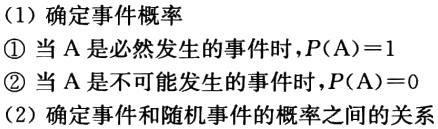
(1) 确定事件概率
\textcircled{1} 当 \(A\) 是必然发生的事件时，\(P(A)=1\)
\textcircled{2} 当 \(A\) 是不可能发生的事件时，\(P(A)=0\)
(2) 确定事件和随机事件的概率之间的关系